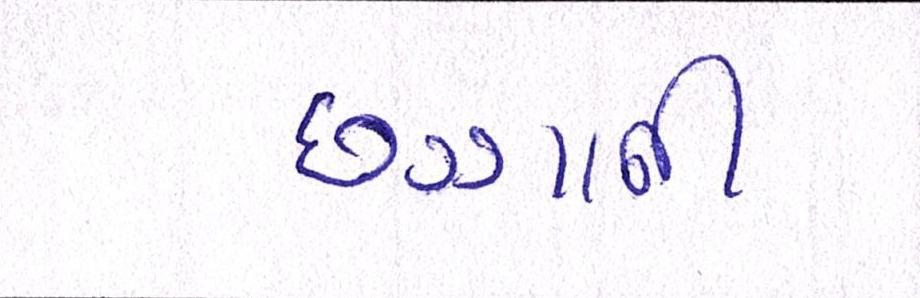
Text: છગ્ગાની